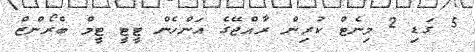
5 ގަޑި 2 މިނެޓް ކުރިން ރާއްޖޭގެ އަންހެން ޓީޓީ ޓީމް ބްރޯންޒް